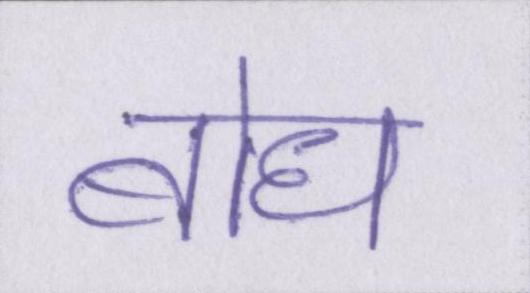
बोध